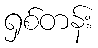
ရှစ်တန်း